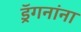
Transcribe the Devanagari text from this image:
ड्रॅगनांना